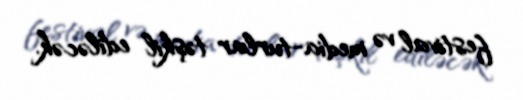
festival və media-turlar təşkil ediləcək.